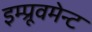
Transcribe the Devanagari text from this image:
इम्प्रूवमेन्ट